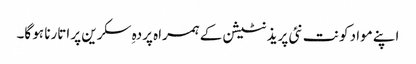
اپنے مواد کو نت نئی پریذنٹیشن کے ہمراہ پردہِ سکرین پر اتارنا ہو گا۔